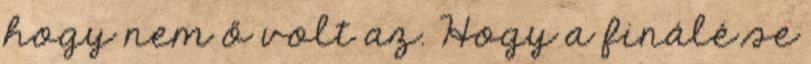
hogy nem ő volt az. Hogy a finálé se